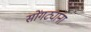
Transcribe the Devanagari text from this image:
सोंगट्यांना